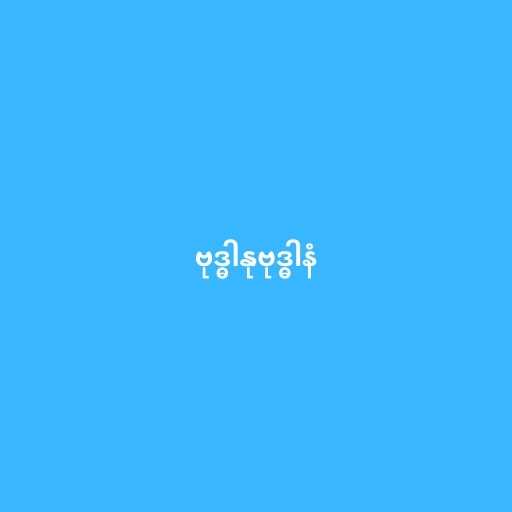
ဗုဒ္ဓါနုဗုဒ္ဓါနံ